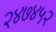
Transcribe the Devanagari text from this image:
२४७४५२